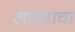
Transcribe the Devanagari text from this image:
आग्रहाचा